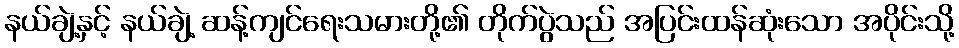
နယ်ချဲ့နှင့် နယ်ချဲ့ ဆန့်ကျင်ရေးသမားတို့၏ တိုက်ပွဲသည် အပြင်းထန်ဆုံးသော အပိုင်းသို့